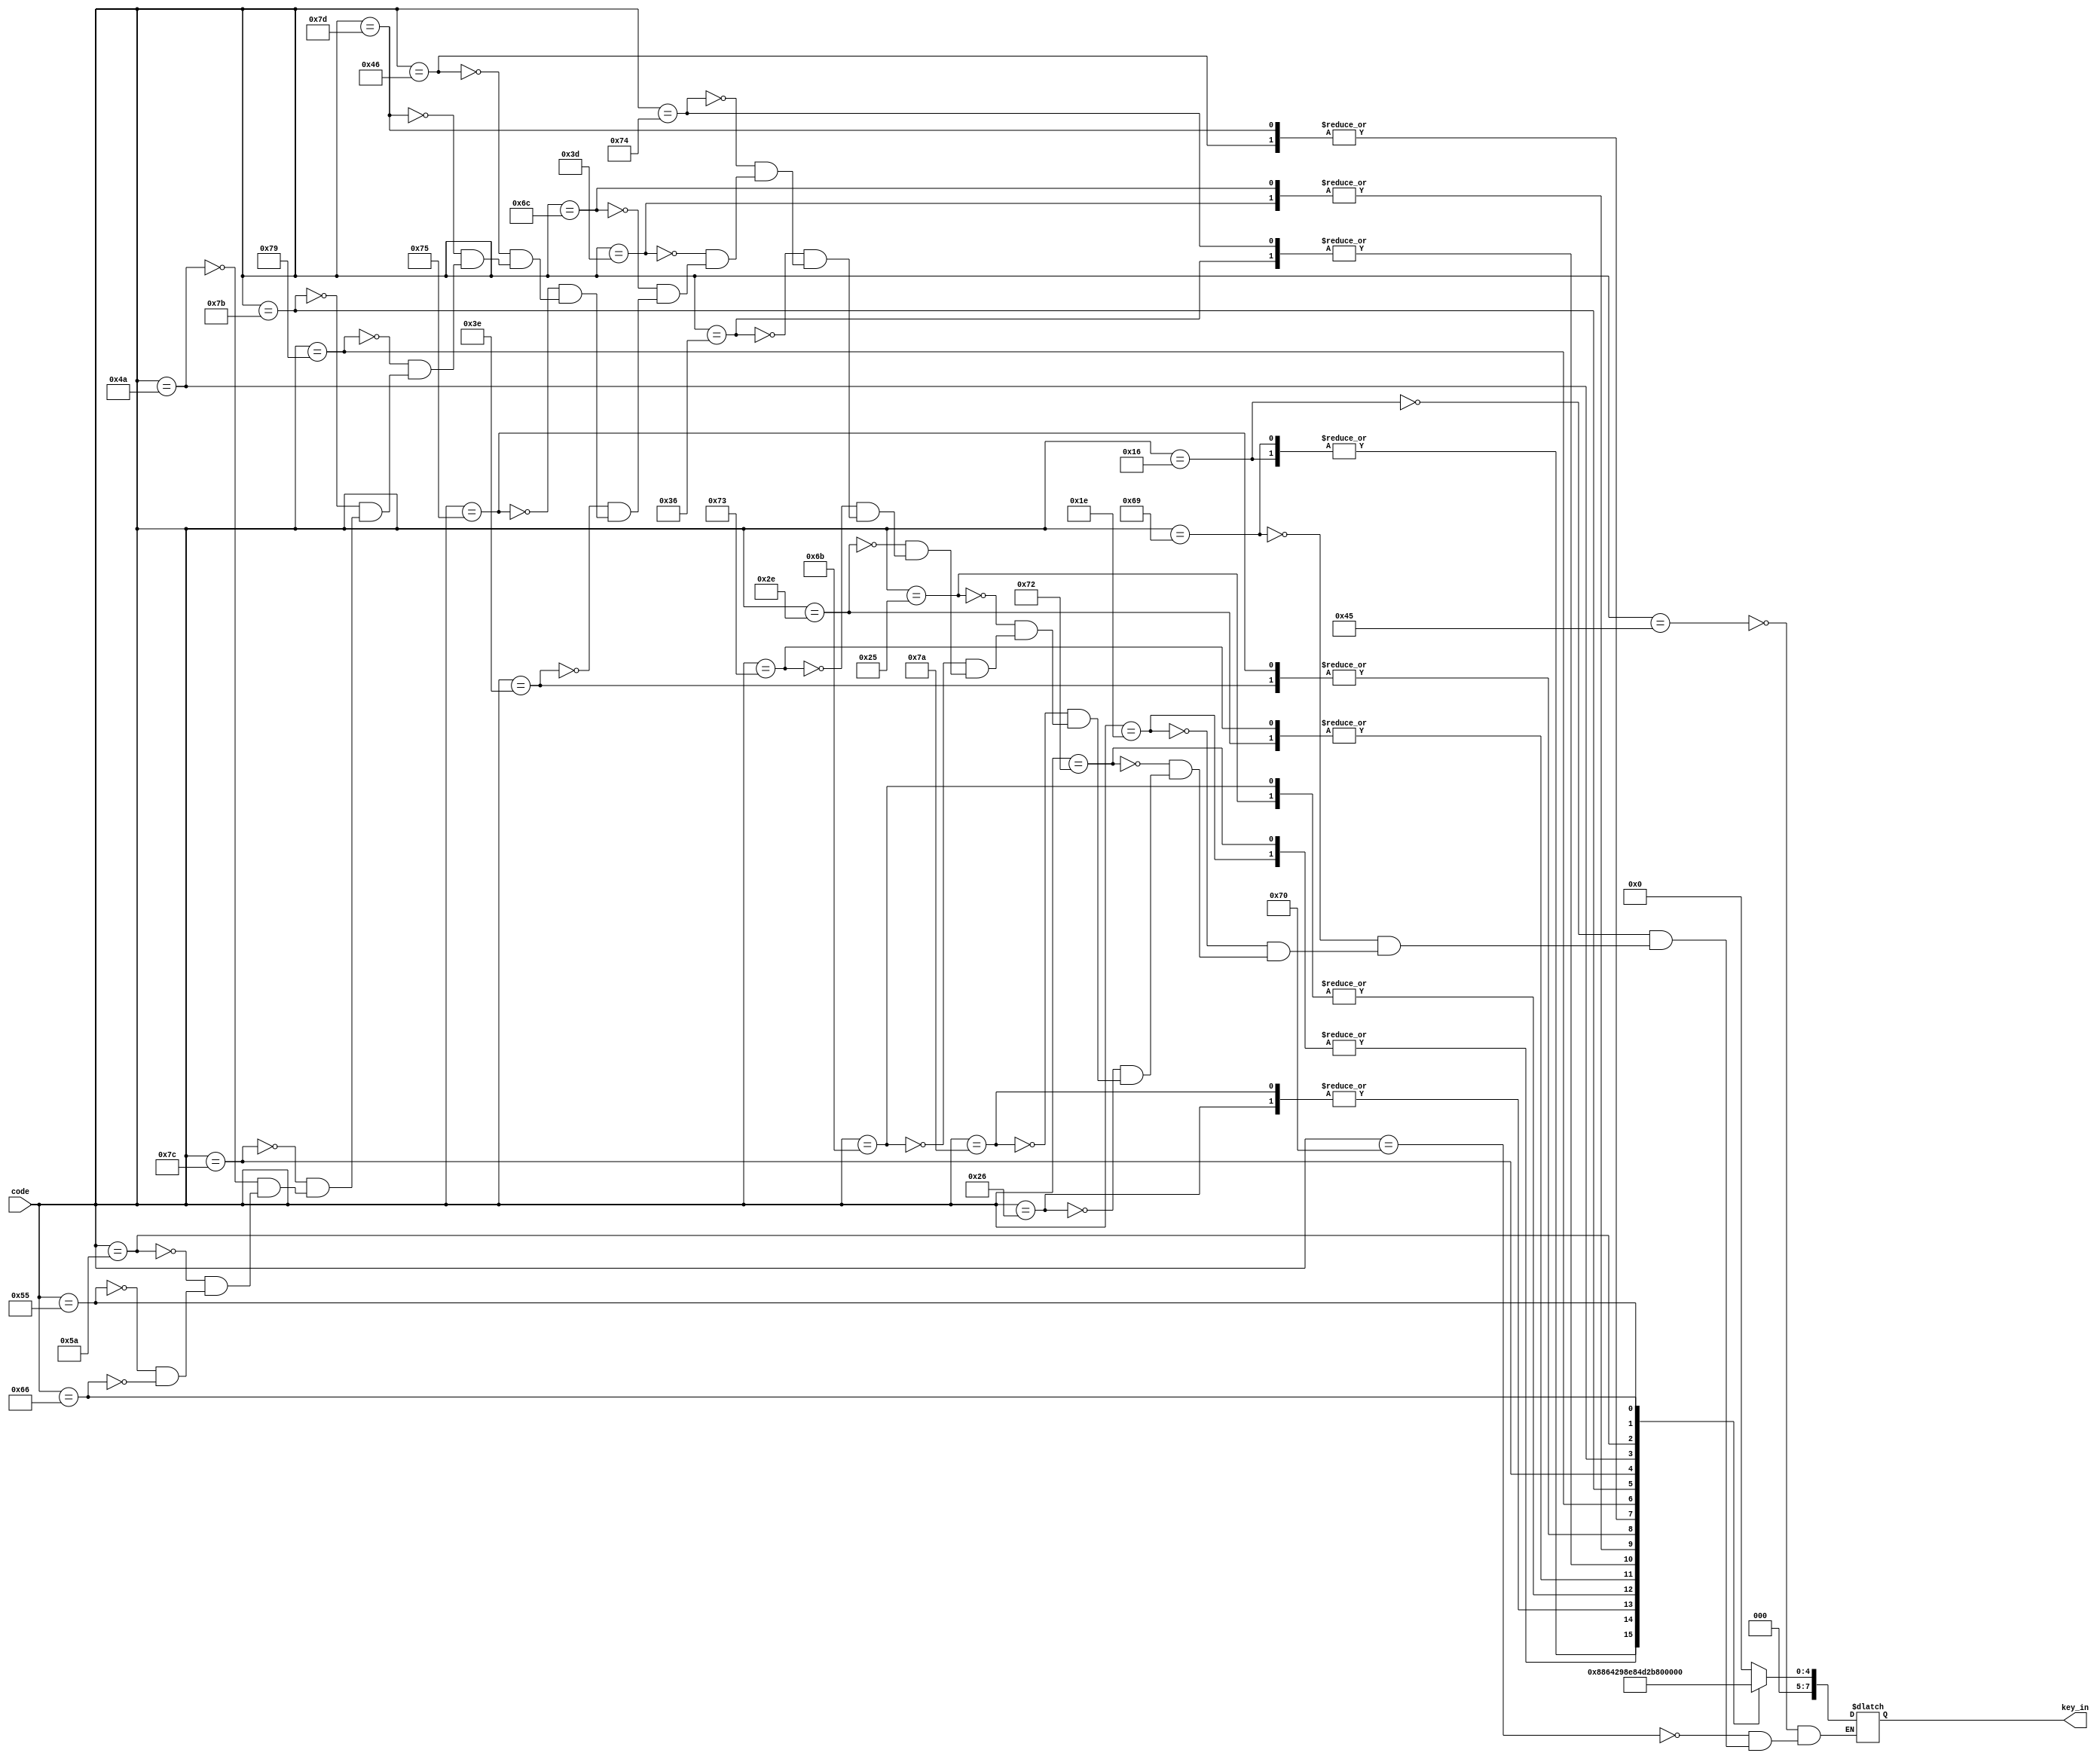
	module Decodekeyboard(

 input [7:0] code,
 
 output reg [7:0] key_in
 //output reg [7*1:0] operator  //8  ?
 
);

 
 always@(code) begin
 
	case (code)
	
			8'h45: key_in=8'd0;
			8'h70: key_in=8'd 0;
			8'h16: key_in=8'd 1;
			8'h69: key_in= 8'd1;
			8'h1E: key_in= 8'd2;
			8'h72: key_in= 8'd2;		
			8'h26: key_in= 8'd3; 
			8'h7A: key_in= 8'd3; 
			8'h25: key_in=8'd 4;
			8'h6B: key_in= 8'd4;
			8'h2E: key_in= 8'd5;
			8'h73: key_in= 8'd5;	
			8'h36: key_in= 8'd6;
			8'h74: key_in=8'd 6;
			8'h3D: key_in=8'd 7;	
			8'h6C: key_in= 8'd7;	
			8'h3E: key_in= 8'd8;
			8'h75: key_in= 8'd8;
			8'h46: key_in= 8'd9;
			8'h7D: key_in= 8'd9;
			8'h79: key_in = 8'd20;  //+
			8'h7B: key_in = 8'd21;  //-
			8'h7C: key_in = 8'd22;   //*
			8'h4A: key_in = 8'd23;    //  /
			8'h5A: key_in =8'd 26;   // enter
			8'h55: key_in =8'd 27;   //=
			8'h66: key_in =8'd 28;   //=
			
			
			
			/*
			8'h79: operator = "+";
			8'h7B: operator = "-";
			8'h7C: operator = "*";
			8'h71: operator = ".";
			8'h5A: operator = "=";
			
		*/
	endcase
end


endmodule